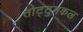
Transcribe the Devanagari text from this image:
तोट्टुमकल